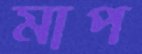
মাপ